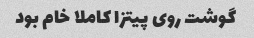
گوشت روی پیتزا کاملا خام بود